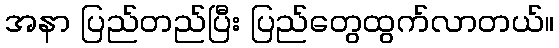
အနာ ပြည်တည်ပြီး ပြည်တွေထွက်လာတယ်။